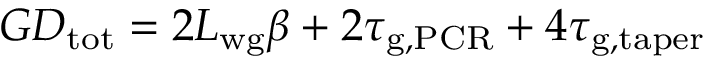
G D _ { \mathrm { t o t } } = 2 L _ { \mathrm { w g } } \beta + 2 \tau _ { \mathrm { g , P C R } } + 4 \tau _ { \mathrm { g , t a p e r } }